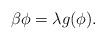
LaTeX: \begin{align*}\beta \phi = \lambda g ( \phi ).\end{align*}